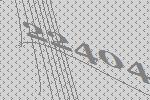
22404